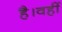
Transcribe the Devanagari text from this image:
है।वहीं